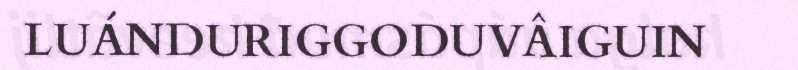
LUÁNDURIGGODUVÂIGUIN